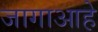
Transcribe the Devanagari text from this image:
जागाआहे